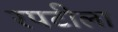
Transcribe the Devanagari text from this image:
रपटीला